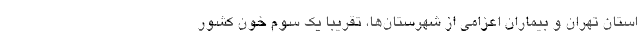
استان تهران و بیماران اعزامی از شهرستان‌ها، تقریبا یک سوم خون کشور